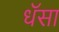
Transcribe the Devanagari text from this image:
धॅसा